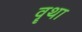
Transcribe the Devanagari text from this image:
वॄथा